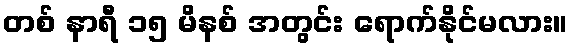
တစ် နာရီ ၁၅ မိနစ် အတွင်း ရောက်နိုင်မလား။